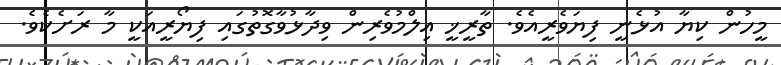
މީހުން ކިޔާ އުޅެނީ ފިޔަވެރީއެވެ. ތާރީޚީ އިލްމުވެރިން ވިދާޅުވާގޮތުގައި ފިޔޯރީއަކީ މާ ރަށެކެވެ.